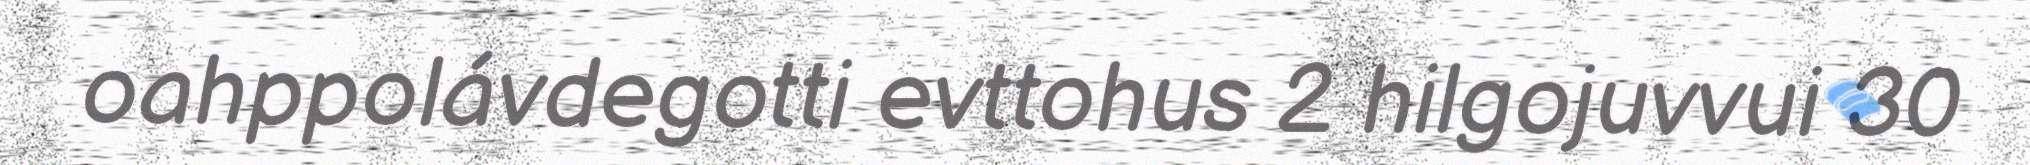
oahppolávdegotti evttohus 2 hilgojuvvui 30